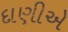
દાણીએ